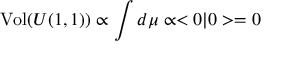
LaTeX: \mathrm { V o l } ( U ( 1 , 1 ) ) \propto \int d \mu \propto < 0 | 0 > = 0